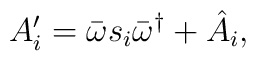
A_i^{\prime} = \bar{\omega} s_i \bar{\omega}^{\dagger} + \hat A_i  ,